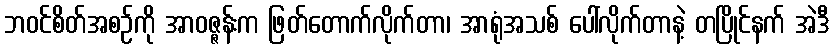
ဘဝင်စိတ်အစဉ်ကို အာဝဇ္ဇန်းက ဖြတ်တောက်လိုက်တာ၊ အာရုံအသစ် ပေါ်လိုက်တာနဲ့ တပြိုင်နက် အဲဒီ